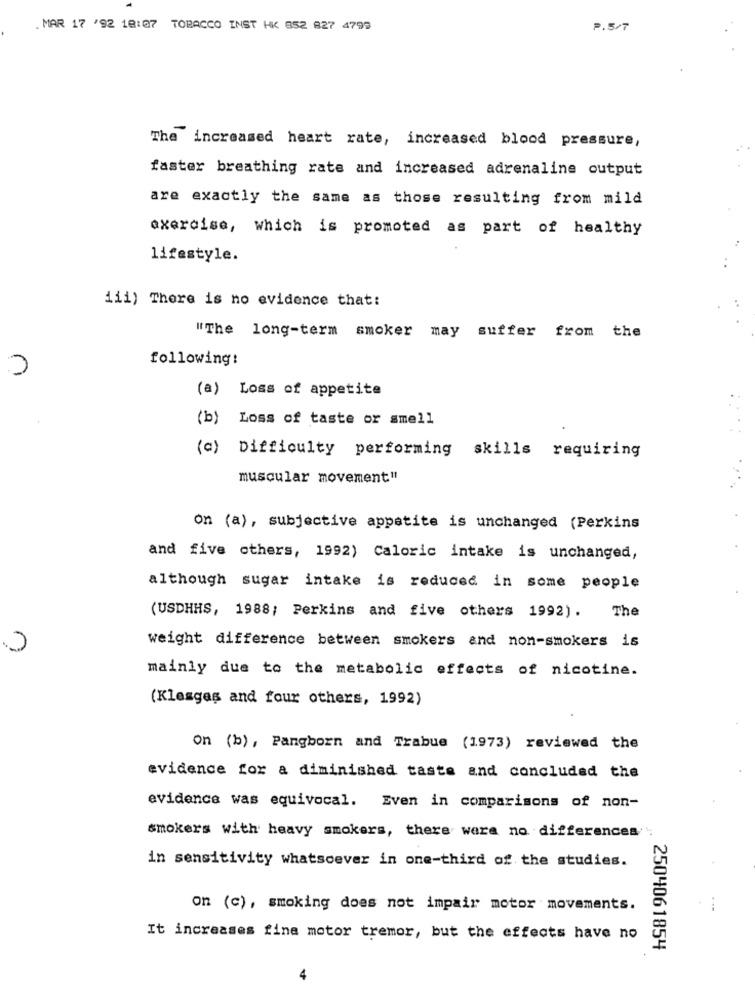
. MAR 17 '92 18:07 TOBACCO INST HK 852 827 4799
P.5/7
The increased heart rate, increased blood pressure,
faster breathing rate and increased adrenaline output
are exactly the same as those resulting from mild
exercise, which is promoted as part of healthy
lifestyle.
iii) There is no evidence that:
"The long-term smoker may suffer from the
following:
(a)
Loss of appetite
(b)
Loss of taste or smell
(c)
Difficulty performing skills requiring
muscular movement"
on (a), subjective appetite is unchanged (Perkins
and five others, 1992) Caloric intake is unchanged,
although sugar intake is reduced in some people
The
(USDHHS, 1988; Perkins and five others 1992).
weight difference between smokers and non-smokers is
mainly due to the metabolic effects of nicotine.
(Klesges and four others, 1992)
on (b), Pangborn and Trabue (1973) reviewed the
evidence for a diminished taste and concluded the
evidence was equivocal. Even in comparisons of non-
smokers with heavy smokers, there were no differences
in sensitivity whatsoever in one-third of the studies.
on (c), smoking does not impair motor movements.
It increases fine motor tremor, but the effects have no
2504061854
4